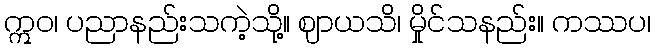
ဣဝ၊ ပညာနည်းသကဲ့သို့။ ဈာယသိ၊ မှိုင်သနည်း။ ကဿပ၊